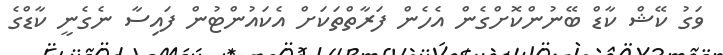
ވަގު ކޭޝް ކާޑް ބޭނުންކޮށްގެން އެހެން ފަރާތްތަކަށް އެކައުންޓުން ފައިސާ ނެގެނީ ކާޑްގެ